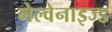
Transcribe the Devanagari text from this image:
गेल्वेनाइज्ड